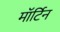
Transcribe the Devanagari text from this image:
मॉर्टिन